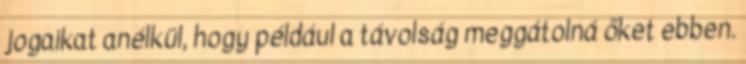
jogaikat anélkül, hogy például a távolság meggátolná őket ebben.